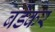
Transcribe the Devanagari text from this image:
बर्डेकर